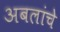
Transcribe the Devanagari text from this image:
अबलांचे